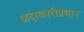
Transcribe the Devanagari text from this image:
अदाकारीप्रधान